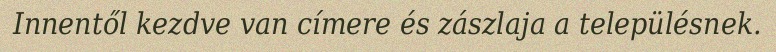
Innentől kezdve van címere és zászlaja a településnek.